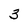
Character: 3